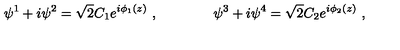
\psi ^ { 1 } + i \psi ^ { 2 } = \sqrt 2 C _ { 1 } e ^ { i \phi _ { 1 } ( z ) } \ , \qquad \qquad \psi ^ { 3 } + i \psi ^ { 4 } = \sqrt 2 C _ { 2 } e ^ { i \phi _ { 2 } ( z ) } \ , \nonumber